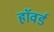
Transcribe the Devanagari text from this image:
हाॅवर्ड